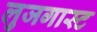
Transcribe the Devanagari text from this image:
लुजगास्ट